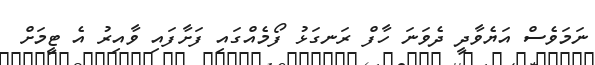
ނަމަވެސް އަޔެވާދީ ދެވަނަ ހާފް ރަނގަޅު ފޯމެއްގައި ފަށާފައި ވާއިރު އެ ޓީމަށް